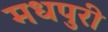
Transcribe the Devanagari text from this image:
मधपुरी